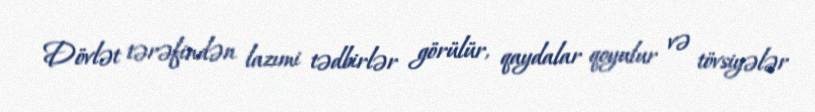
Dövlət tərəfindən lazımi tədbirlər görülür, qaydalar qoyulur və tövsiyələr